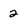
Character: 2